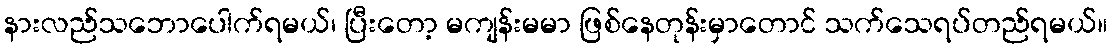
နားလည်သဘောပေါက်ရမယ်၊ ပြီးတော့ မကျန်းမမာ ဖြစ်နေတုန်းမှာတောင် သက်သေရပ်တည်ရမယ်။